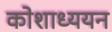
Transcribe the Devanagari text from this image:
कोशाध्ययन